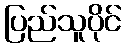
ပြည်သူပိုင်